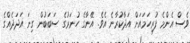
ވެސް އެންމެ ފުރިހަމައަށް އަދާކުރާނެ އެވެ. އޭނާގެ ހުނަރުގެ ސަބަބުން ގިނަ އަދަދެއްގެ